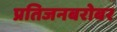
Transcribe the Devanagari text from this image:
प्रतिजनबरोबर